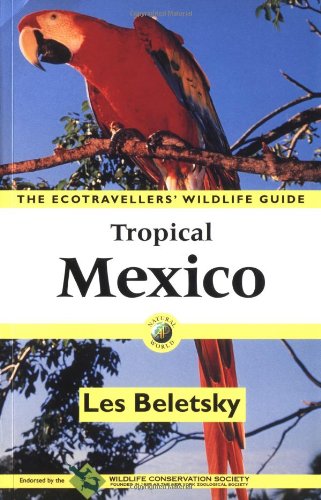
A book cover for Tropical Mexico: The Ecotravellers' Wildlife Guide (Ecotravellers Wildlife Guides); Les Beletsky; Travel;